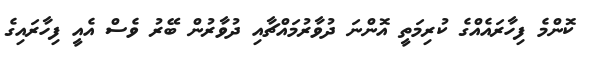
ކޮންމެ ފިހާރައެއްގެ ކުރިމަތީ އޮންނަ ދުވާރުމައްޗާއި ދުވާރުން ބޭރު ވެސް އެއީ ފިހާރައިގެ